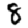
Digit: 8